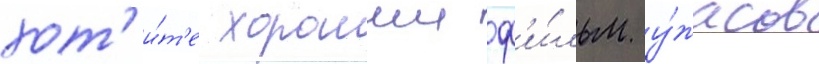
хот'и́т'е хорошии ф'и́льм у́жасов